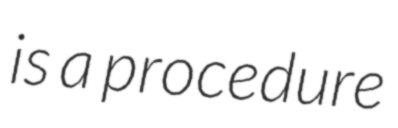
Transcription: is a procedure